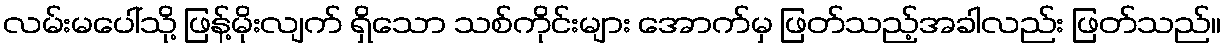
လမ်းမပေါ်သို့ ဖြန့်မိုးလျက် ရှိသော သစ်ကိုင်းများ အောက်မှ ဖြတ်သည့်အခါလည်း ဖြတ်သည်။